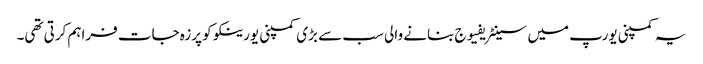
یہ کمپنی یورپ میں سینٹریفیوج بنانے والی سب سے بڑی کمپنی یورینکو کو پرزہ جات فراہم کرتی تھی۔